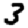
Digit: 3